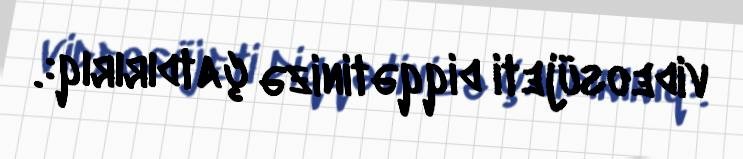
videosüjeti diqqətinizə çatdırırıq:.